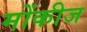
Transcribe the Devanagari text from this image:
मोंकीज